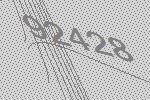
92428